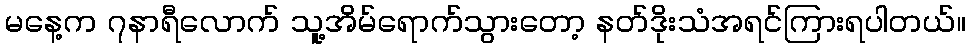
မနေ့က ၇နာရီလောက် သူ့အိမ်ရောက်သွားတော့ နတ်ဒိုးသံအရင်ကြားရပါတယ်။